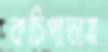
কচিপাতায়